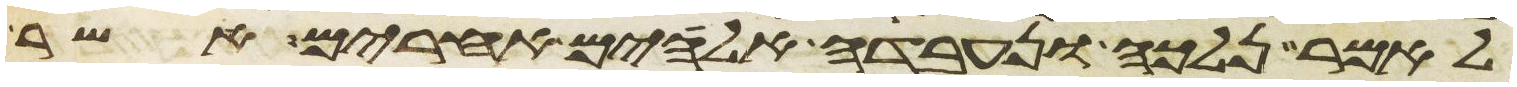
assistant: לאמר נלכה ונעבדה אלהים אחרים אשר